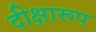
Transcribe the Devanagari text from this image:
दीक्षारूप